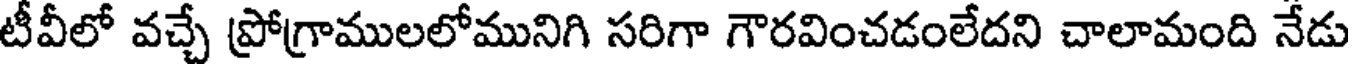
టీవీలో వచ్చే ప్రోగ్రాములలోమునిగి సరిగా గౌరవించడంలేదని చాలామంది నేడు